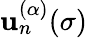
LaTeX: \mathbf{u}_{n}^{(\alpha)}(\sigma)